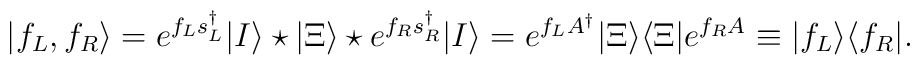
|f_L,f_R\rangle= e^{f_Ls^\dag_L}|I\rangle\star|\Xi\rangle\star e^{f_Rs^\dag_R} |I\rangle=e^{f_LA^{\dag}}|\Xi\rangle\langle \Xi|e^{f_RA}\equiv|f_L\rangle\langle f_R|.